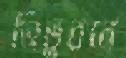
ত্রিভুবনে